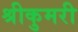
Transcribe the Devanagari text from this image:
श्रीकुमरी